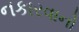
નકારવાનો